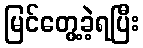
မြင်တွေ့ခဲ့ရပြီး